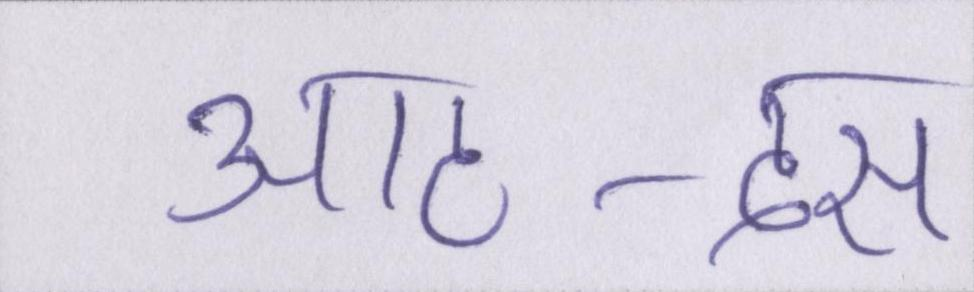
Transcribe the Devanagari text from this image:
आठ-दस